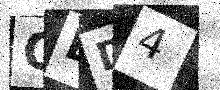
Text: QDD4